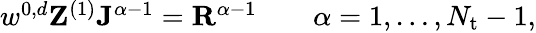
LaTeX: \begin{array}{r}{w^{0,d}\mathbf{Z}^{(1)}\mathbf{J}^{\alpha-1}=\mathbf{R}^{\alpha-1}\qquad\alpha=1,\ldots,N_{\mathrm{t}}-1,}\end{array}